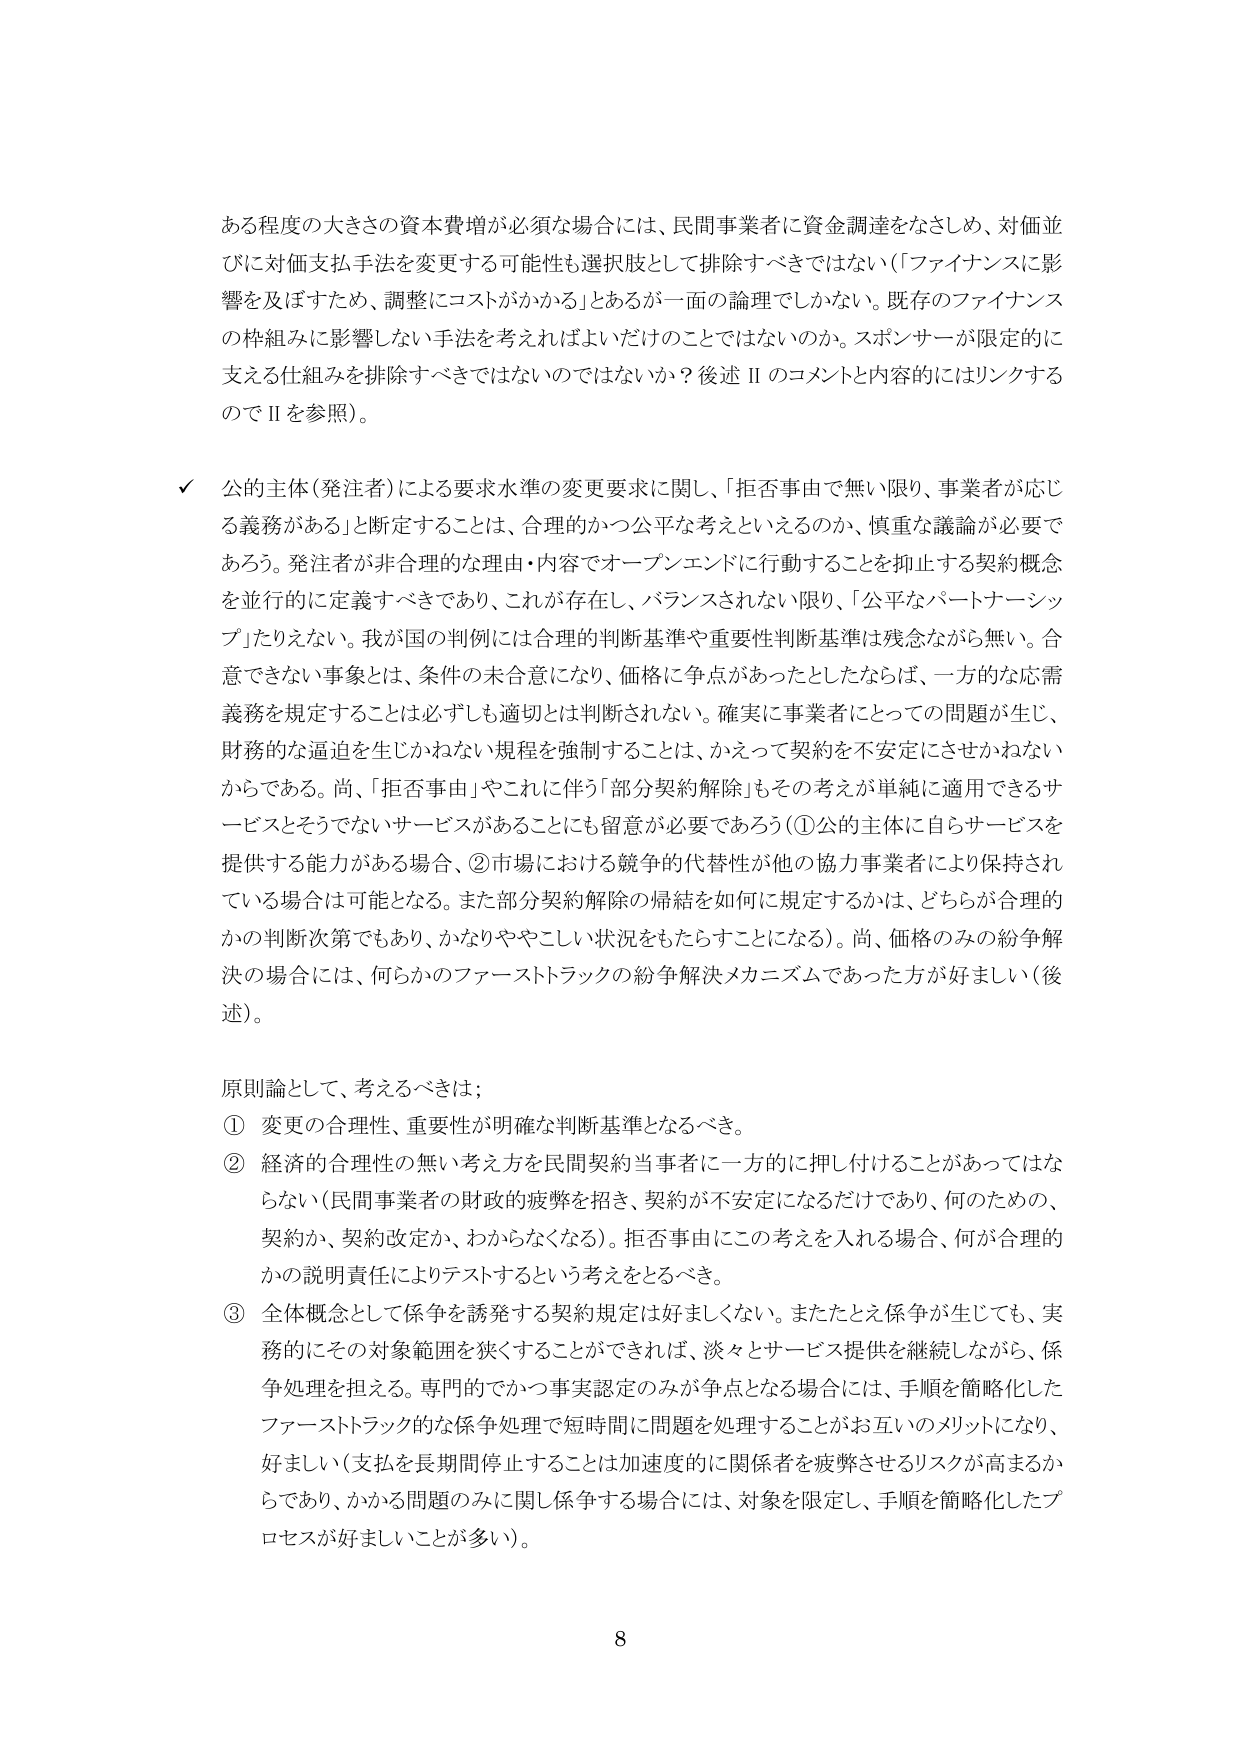
ある程度の大きさの資本費増が必須な場合には、民間事業者に資金調達をなさしめ、対価並びに対価支払手法を変更する可能性も選択肢として排除すべきではない（「ファイナンスに影響を及ぼすため、調整にコストがかかる」とあるが一面の論理でしかない。既存のファイナンスの枠組みに影響しない手法を考えればよいだけのことではないのか。スポンサーが限定的に支える仕組みを排除すべきではないのではないか？後述Ⅱのコメントと内容的にはリンクするのでⅡを参照）。

✓ 公的主体（発注者）による要求水準の変更要求に関し、「拒否事由で無い限り、事業者が応じる義務がある」と断定することは、合理的かつ公平な考えといえるのか、慎重な議論が必要であろう。発注者が非合理的な理由・内容でオープンエンドに行動することを抑止する契約概念を並行的に定義すべきであり、これが存在し、バランスされない限り、「公平なパートナーシップ」たりえない。我が国の判例には合理的判断基準や重要性判断基準は残念ながら無い。合意できない事象とは、条件の未合意になり、価格に争点があったとしたならば、一方的な応需義務を規定することは必ずしも適切とは判断されない。確実に事業者にとっての問題が生じ、財務的な逼迫を生じかねない規程を強制することは、かえって契約を不安定にさせかねないからである。尚、「拒否事由」やこれに伴う「部分契約解除」もその考えが単純に適用できるサービスとそうでないサービスがあることにも留意が必要であろう（①公的主体に自らサービスを提供する能力がある場合、②市場における競争的代替性が他の協力事業者により保持されている場合は可能となる。また部分契約解除の帰結を如何に規定するかは、どちらが合理的かの判断次第でもあり、かなりややこしい状況をもたらすことになる）。尚、価格のみの紛争解決の場合には、何らかのファーストラックの紛争解決メカニズムであった方が好ましい（後述）。

原則論として、考えるべきは；
① 変更の合理性、重要性が明確な判断基準となるべき。
② 経済的合理性の無い考え方を民間契約当事者に一方的に押し付けることがあってはならない（民間事業者の財政的疲弊を招き、契約が不安定になるだけであり、何のための、契約か、契約改定か、わからなくなる）。拒否事由にこの考えを入れる場合、何が合理的かの説明責任によりテストするという考えをとるべき。
③ 全体概念として係争を誘発する契約規定は好ましくない。またたとえ係争が生じても、実務的にその対象範囲を狭くすることができれば、淡々とサービス提供を継続しながら、係争処理を担える。専門的でかつ事実認定のみが争点となる場合には、手順を簡略化したファーストラック的な係争処理で短時間に問題を処理することがお互いのメリットになり、好ましい（支払を長期間停止することは加速度的に関係者を疲弊させるリスクが高まるからであり、かかる問題のみに関し係争する場合には、対象を限定し、手順を簡略化したプロセスが好ましいことが多い）。

8